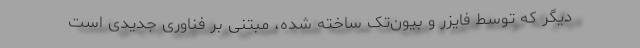
دیگر که توسط فایزر و بیون‌تک ساخته شده، مبتنی بر فناوری جدیدی است